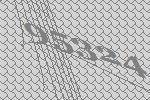
95324